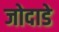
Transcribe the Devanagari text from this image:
जोदाडे